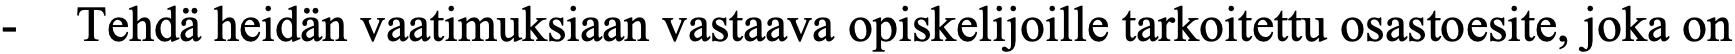
-  Tehdä heidän vaatimuksiaan vastaava opiskelijoille tarkoitettu osastoesite, joka on